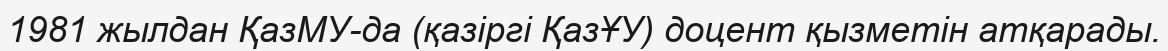
1981 жылдан ҚазМУ-да (қазіргі ҚазҰУ) доцент қызметін атқарады.